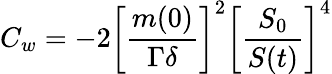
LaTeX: C_{w}=-2\bigg[\frac{m(0)}{\Gamma\delta}\bigg]^{2}\bigg[\frac{S_{0}}{S(t)}\bigg]^{4}